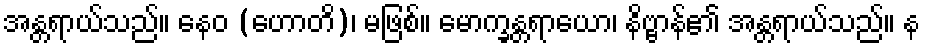
အန္တရာယ်သည်။ နေဝ (ဟောတိ)၊ မဖြစ်။ မောက္ခန္တရာယော၊ နိဗ္ဗာန်၏ အန္တရာယ်သည်။ န